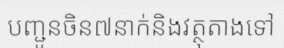
បញ្ជូនចិន៧នាក់និងវត្ថុតាងទៅ